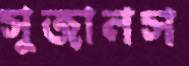
সুজানস